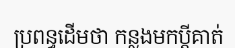
ប្រពន្ធដើមថា កន្លងមកប្តីគាត់